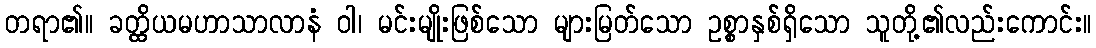
တရာ၏။ ခတ္ထိယမဟာသာလာနံ ဝါ၊ မင်းမျိုးဖြစ်သော များမြတ်သော ဥစ္စာနှစ်ရှိသော သူတို့၏လည်းကောင်း။